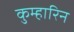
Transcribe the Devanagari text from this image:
कुम्हारिन